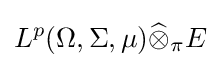
L^{p}(\Omega ,\Sigma ,\mu ){\widehat {\otimes }}_{\pi }E